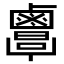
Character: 𪉷